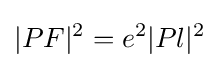
|PF|^{2}=e^{2}|Pl|^{2}